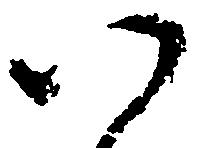
以